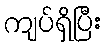
ကျပ်ရှိပြီး